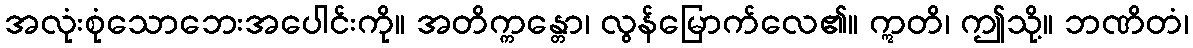
အလုံးစုံသောဘေးအပေါင်းကို။ အတိက္ကန္တော၊ လွန်မြောက်လေ၏။ ဣတိ၊ ဤသို့။ ဘဏိတံ၊